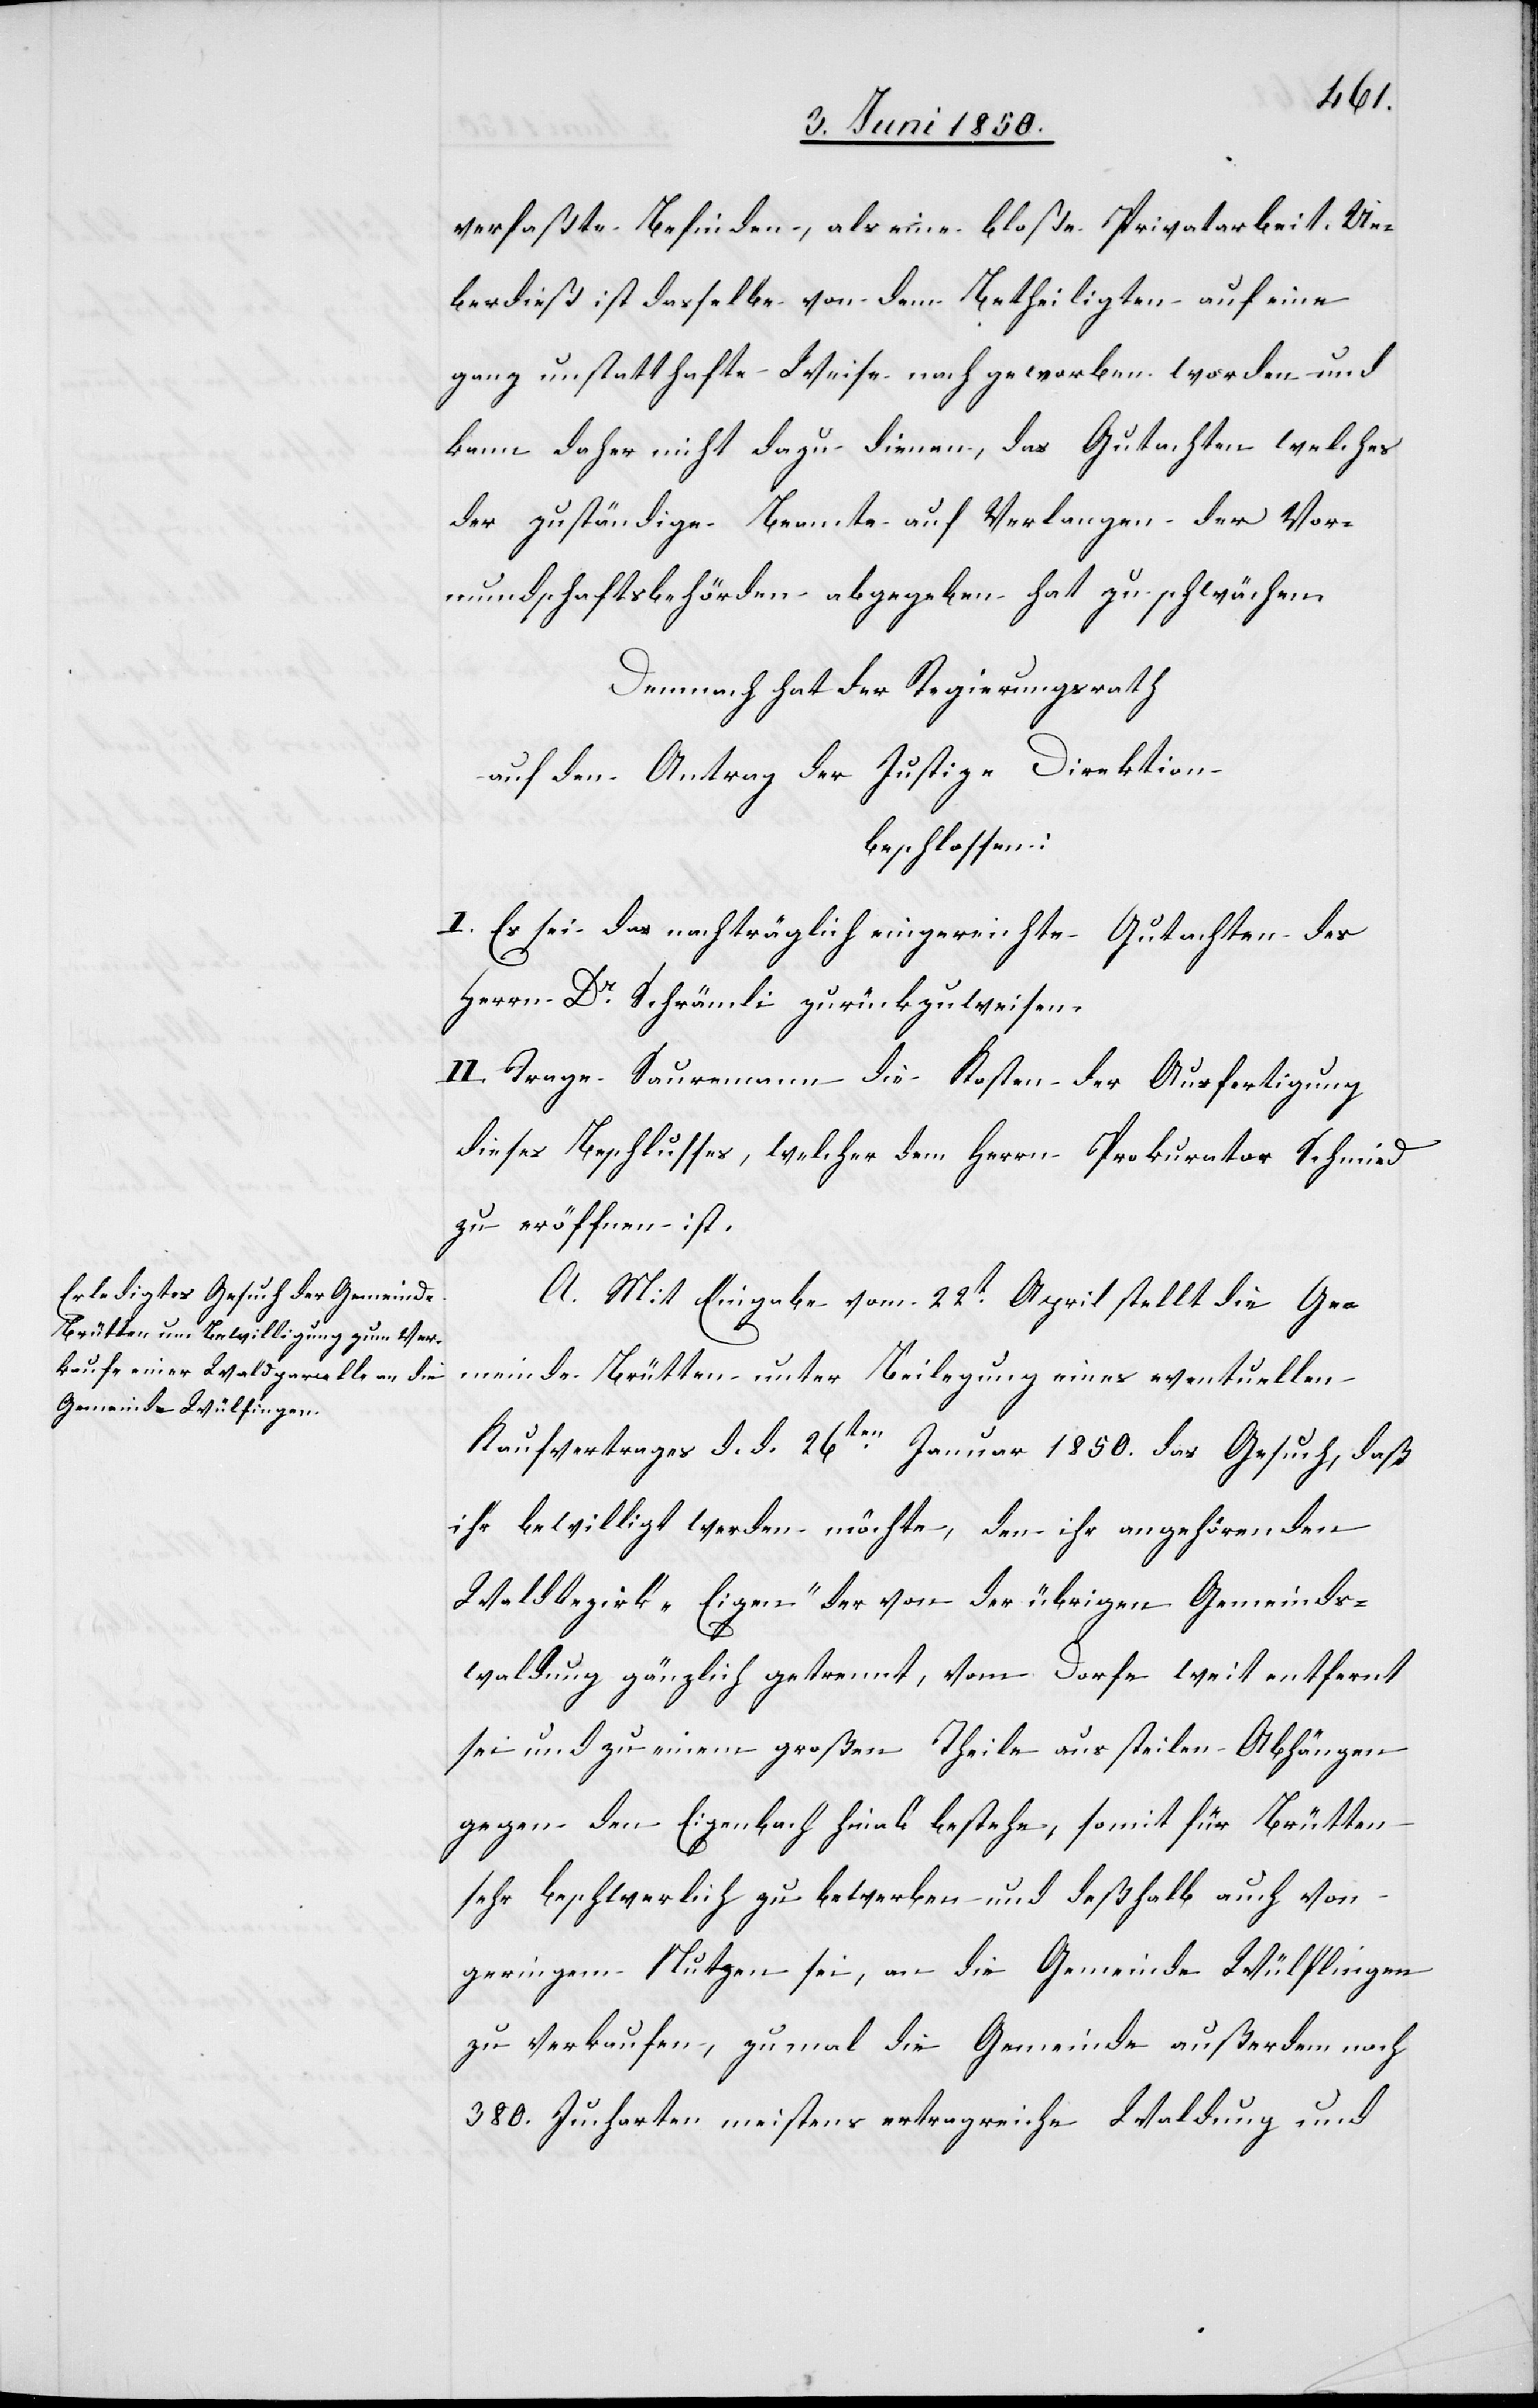
verfaßte Befinden, als eine bloße Privatarbeit. Ue¬
berdieß ist dasselbe von dem Betheiligten auf eine
ganz unstatthafte Weise nach geworben worden und
kann daher nicht dazu dienen, das Gutachten welches
der zuständige Beamte auf Verlangen der Vor¬
mundschaftsbehörden abgegeben hat zu schwächen
Demnach hat der Regierungsrath
auf den Antrag der Justiz-Direktion
beschlossen:
I. Es sei das nachträglich eingereichte Gutachten des
Herrn Dr Schrämli zurückzuweisen.
II. Trage Sauremann die Kosten der Ausfertigung
dieses Beschlusses, welcher dem Herrn Prokurator Schmied
zu eröffnen ist.
A. Mit Eingabe vom 22t April stellt die Ge¬
meinde Brütten unter Beilegung eines eventuellen
Kaufvertrages d. d. 26ten Juni 1850. das Gesuch, daß
ihr bewilligt werden möchte, den ihr angehörenden
Waldbezirk „Eigen“ der von der übrigen Gemeinds¬
waldung gänzlich getrennt, vom Dorfe weit entfernt
sei und zu einem großen Theile aus steilen Abhängen
gegen den Eigenbach hinab bestehe, somit für Brütten
sehr beschwerlich zu bewerben und deßhalb auch von
geringem Nutzen sei, an die Gemeinde Wülflingen
zu verkaufen, zumal die Gemeinde außerdem noch
380. Jucharten meistens ertragreiche Waldung und